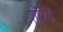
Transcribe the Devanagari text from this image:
शोंटेल